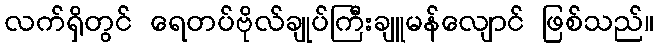
လက်ရှိတွင် ရေတပ်ဗိုလ်ချုပ်ကြီးချူမန်လျောင် ဖြစ်သည်။